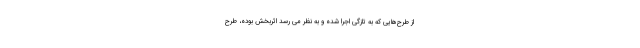
از طرح‌هایی که به تازگی اجرا شده و به نظر می رسد اثربخش بوده، طرح